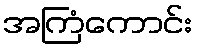
အကြံကောင်း